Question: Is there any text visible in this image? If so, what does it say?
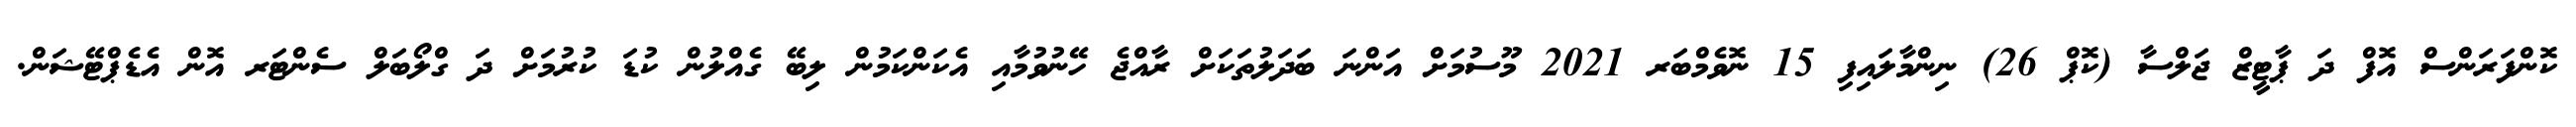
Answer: ކޮންފަރަންސް އޮފް ދަ ޕާޓީޒް ޖަލްސާ (ކޮޕް 26) ނިންމާލައިފި 15 ނޮވެމްބަރ 2021 މޫސުމަށް އަންނަ ބަދަލުތަކަށް ރާއްޖެ ހޭނުވުމާއި އެކަންކަމުން ލިބޭ ގެއްލުން ކުޑަ ކުރުމަށް ދަ ގްލޯބަލް ސެންޓަރ އޮން އެޑެޕްޓޭޝަން.